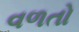
વળતો